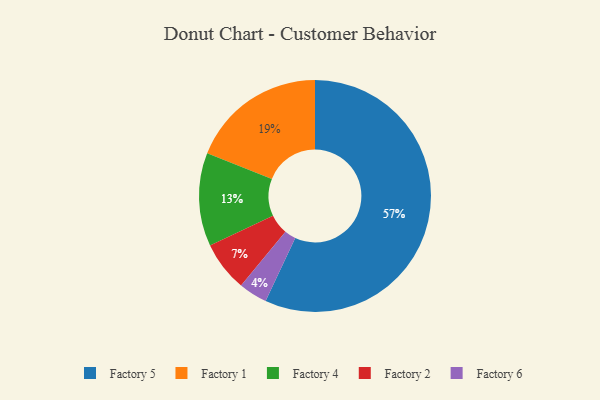
{"axis": {"x": "Category", "y": "Percentage"}, "legend": ["Factory 1", "Factory 2", "Factory 4", "Factory 5", "Factory 6"], "data": [{"x": "Factory 1", "y": 19, "type": "Factory 1"}, {"x": "Factory 5", "y": 57, "type": "Factory 5"}, {"x": "Factory 4", "y": 13, "type": "Factory 4"}, {"x": "Factory 6", "y": 4, "type": "Factory 6"}, {"x": "Factory 2", "y": 7, "type": "Factory 2"}]}